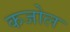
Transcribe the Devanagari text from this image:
कजोल